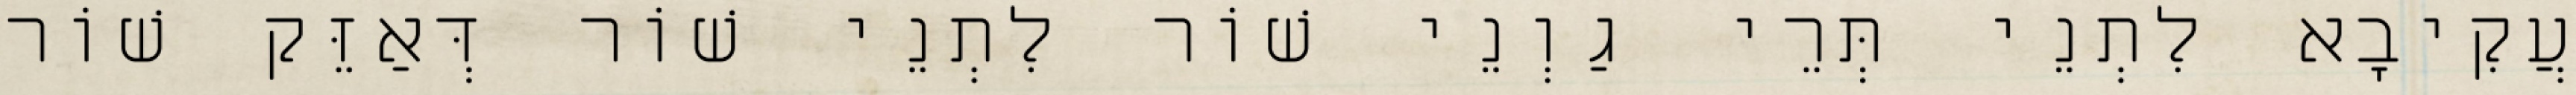
עֲקִיבָא לִתְנֵי תְּרֵי גַוְנֵי שׁוֹר לִתְנֵי שׁוֹר דְּאַזֵּק שׁוֹר